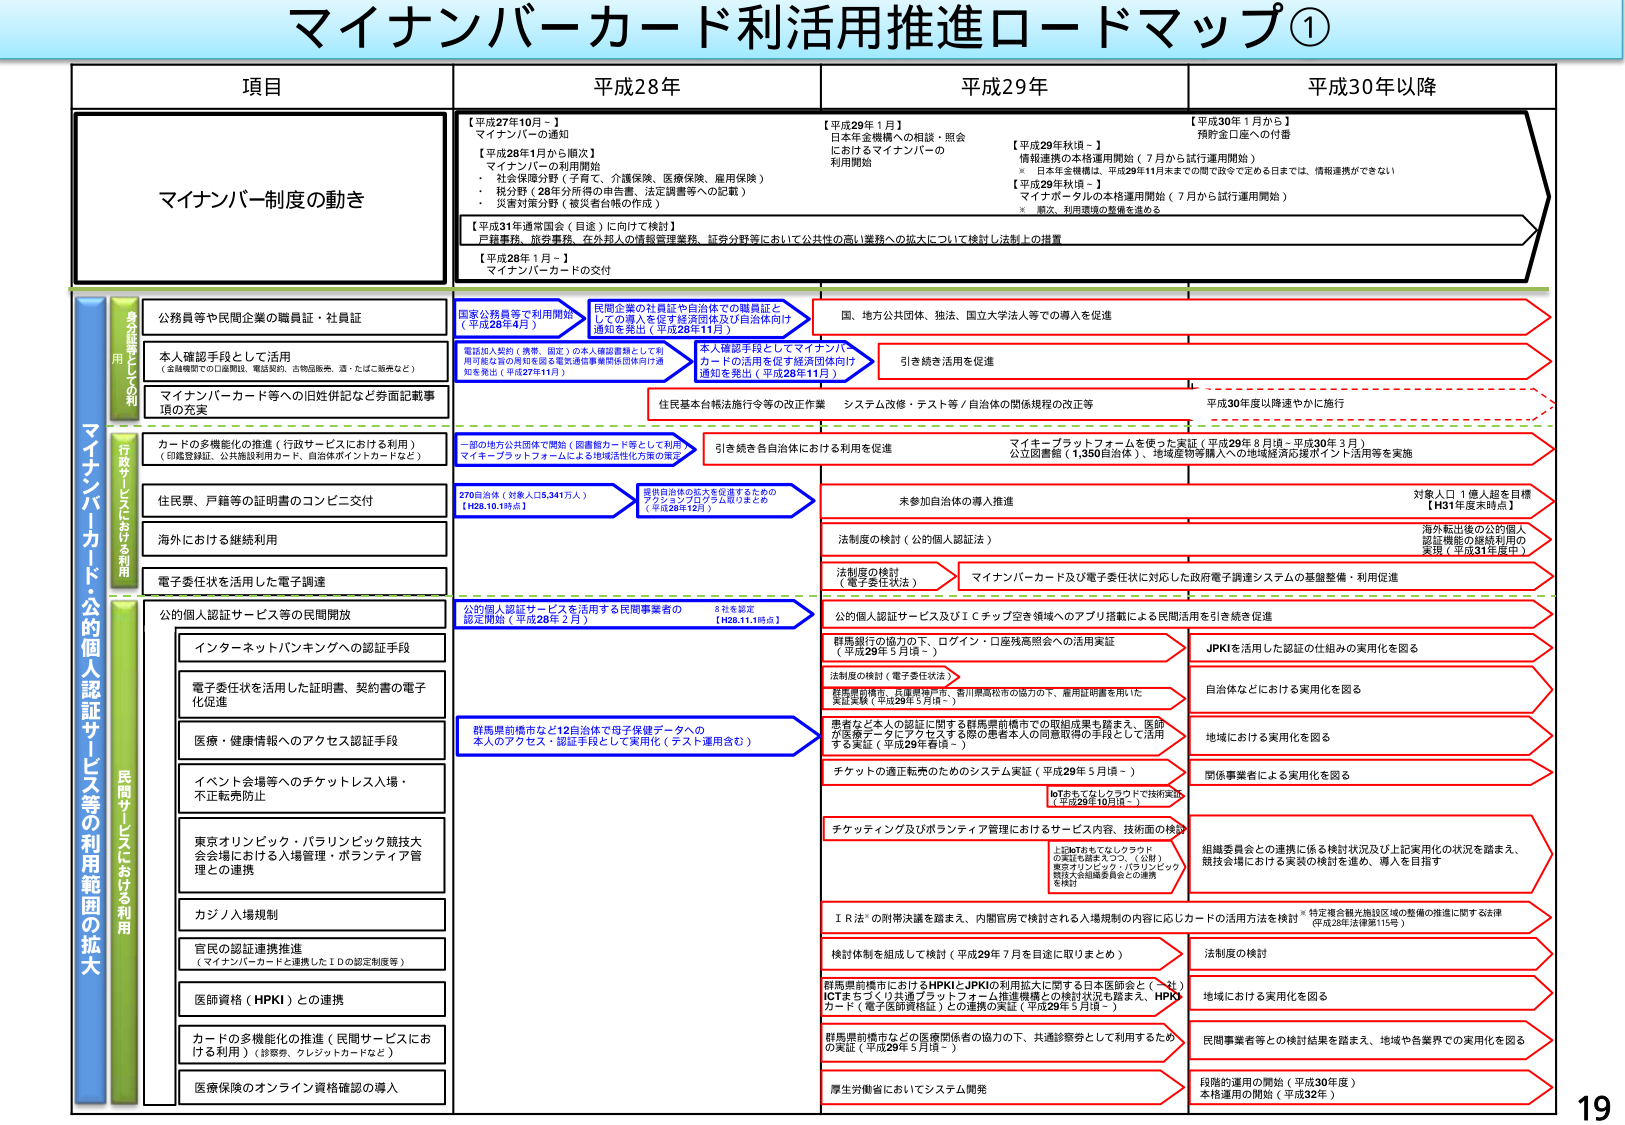
マイナンバーカード利活用推進ロードマップ①

項目

平成28年

平成29年

平成30年以降

マイナンバー制度の動き

【平成27年10月～】
マイナンバーの通知

【平成28年1月から順次】
・マイナンバーの利用開始
　・社会保険分野（子育て、介護保険、医療保険、雇用保険）
　・税分野（28年分所得の申告書、法定調書等への記載）
　・災害対策分野（被災者台帳の作成）

【平成31年通常国会（目途）に向けて検討】
戸籍事務、旅券事務、在外邦人の情報管理業務、証券分野等において公共性の高い業務への拡大について検討し法制上の措置

【平成28年1月～】
マイナンバーカードの交付

【平成29年1月】
日本年金機構への相談・照会におけるマイナンバーの利用開始

【平成29年秋頃～】
情報連携の本格運用開始（7月から試行運用開始）
※ 日本年金機構は、平成29年11月末までの間で改ざんできる日までは、情報連携ができない
【平成29年秋頃～】
マイナポータルの本格運用開始（7月から試行運用開始）
※ 業務、利用環境の整備を進めると

【平成30年1月から】
預貯金口座への付番

身分証明としての利用

マイナンバーカード・公的個人認証サービス等の利用範囲の拡大

行政サービスにおける利用

公務員等や民間企業の職員証・社員証

国家公務員等で利用開始
（平成28年4月）

民間企業の社員証や自治体での職員証としての導入を促す経済団体及び自治体向け通知を発出（平成28年11月）

国、地方公共団体、独法、国立大学法人等での導入を促進

本人確認手段として活用
（金融機関での口座開設、電話契約、古物店販売、酒・たばこ販売など）

電話加入契約（携帯、固定）の本人確認書類として利用可能な旨の周知を図る電気通信事業者団体向け通知を発出（平成27年11月）

本人確認手段としてマイナンバーカードの活用を促す経済団体向け通知を発出（平成28年11月）

引き続き活用を促進

マイナンバーカード等への旧姓併記など券面記載事項の充実

住民基本台帳法施行令等の改正案

システム改修・テスト等／自治体の関係規程の改正等

平成30年度以降速やかに施行

カードの多機能化の推進（行政サービスにおける利用）
（印鑑登録証、公共施設利用カード、自治体ポイントカードなど）

一部の地方公共団体で開始（図書館カード等として利用）マイキープラットフォームによる地域活性化方策の策定

引き続き各自治体における利用を促進

マイキープラットフォームを使った実証（平成29年8月頃～平成30年3月）
公立図書館（1,350自治体）、地域産物等購入への地域経済応援ポイント活用等を実施

住民票、戸籍等の証明書のコンビニ交付

270自治体（対象人口5,341万人）
【H28.10.19時点】

提供自治体の拡大を促進するためのプラットフォーム取りまとめ（平成28年12月）

未参加自治体の導入推進

対象人口1億人超を目指す
【H31年度末時点】

海外における継続利用

法制度の検討（公的個人認証法）

海外転出後の公的個人認証機能の継続利用の実現（平成31年度中）

電子委任状を活用した電子調達

法制度の検討
（電子委任状法）

マイナンバーカード及び電子委任状に対応した政府電子調達システムの基盤整備・利用促進

公的個人認証サービス等の民間開放

公的個人認証サービスを活用する民間事業者の認定開始（平成28年2月）

2社を認定
【H28.11.18時点】

公的個人認証サービス及びＩＣチップ空き領域へのアプリ搭載による民間活用を引き続き促進

インターネットバンキングへの認証手段

群馬県前橋市などの認証のためのシステム実証（平成29年5月頃～）

JPKIを活用した認証の仕組みの実用化を図る

電子委任状を活用した証明書、契約書の電子化促進

群馬県前橋市などの認証のためのシステム実証（平成29年5月頃～）

群馬県前橋市などの認証のためのシステム実証（平成29年5月頃～）

群馬県前橋市などの認証のためのシステム実証（平成29年5月頃～）

医療・健康情報へのアクセス認証手段

群馬県前橋市など12自治体で母子保健データへの本人のアクセス・認証手段として実用化（テスト運用含む）

患者と本人の認証に関する群馬県前橋市での認証成果を踏まえ、医療が情報データにアクセスする際の患者本人の同意取得の手段として活用する実証（平成29年春頃～）

地域における実用化を図る

イベント会場等へのチケットレス入場・不正転売防止

チケットの適正転売のためのシステム実証（平成29年5月頃～）

bTあそてなクラウドで技術実証（平成28年10月頃～）

関係事業者による実用化を図る

東京オリンピック・パラリンピック競技大会会場における入場管理・ボランティア管理との連携

チッキング及びボランティア管理におけるサービス内容、技術面の検討

上記bTあそてなクラウドの実証を踏まえつつ、（公財）東京オリンピック・パラリンピック競技大会組織委員会との連携を図る

組織委員会との連携に係る検討状況及び上記実用化の状況を踏まえ、競技会場における実装の検討を進め、導入を目指す

カジノ入場規制

ＩＲ法※の附帯決議を踏まえ、内閣官房で検討される入場規制の内容に応じカードの活用方法を検討※ 特定複合観光施設区域の整備の推進に関する法律（平成28年法律第115号）

官民の認証連携推進
（マイナンバーカード連携したＩＤの認定制度等）

検討体制を組成して検討（平成29年7月を目途に取りまとめ）

法制度の検討

医師資格（HPKI）との連携

群馬県前橋市におけるHPKIとJPKIの利用拡大に関する日本医師会と（一社）ICTをつくり共通プラットフォーム推進機構との検討状況も踏まえ、HPKIカード（電子医師資格証）との連携の実証（平成29年5月頃～）

地域における実用化を図る

カードの多機能化の推進（民間サービスにおける利用）（診察券、クレジットカードなど）

群馬県前橋市などの医療関係者の協力の下、共通診察券として利用するための実証（平成29年5月頃～）

民間事業者等との検討結果を踏まえ、地域や各業界での実用化を図る

医療保険のオンライン資格確認の導入

厚生労働省においてシステム開発

段階的運用の開始（平成30年度）
本格運用の開始（平成32年）

19